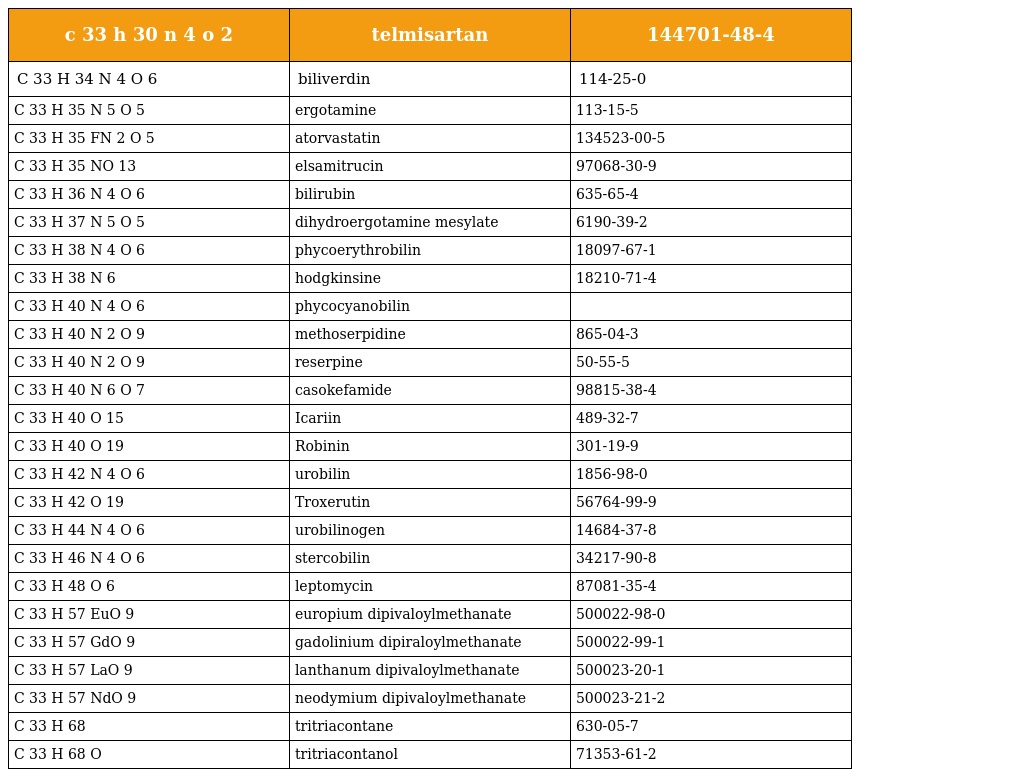
| c 33 h 30 n 4 o 2 | telmisartan | 144701-48-4 |
 | --- | --- | --- |
 | C 33 H 34 N 4 O 6 | biliverdin | 114-25-0 |
 | C 33 H 35 N 5 O 5 | ergotamine | 113-15-5 |
 | C 33 H 35 FN 2 O 5 | atorvastatin | 134523-00-5 |
 | C 33 H 35 NO 13 | elsamitrucin | 97068-30-9 |
 | C 33 H 36 N 4 O 6 | bilirubin | 635-65-4 |
 | C 33 H 37 N 5 O 5 | dihydroergotamine mesylate | 6190-39-2 |
 | C 33 H 38 N 4 O 6 | phycoerythrobilin | 18097-67-1 |
 | C 33 H 38 N 6 | hodgkinsine | 18210-71-4 |
 | C 33 H 40 N 4 O 6 | phycocyanobilin |  |
 | C 33 H 40 N 2 O 9 | methoserpidine | 865-04-3 |
 | C 33 H 40 N 2 O 9 | reserpine | 50-55-5 |
 | C 33 H 40 N 6 O 7 | casokefamide | 98815-38-4 |
 | C 33 H 40 O 15 | Icariin | 489-32-7 |
 | C 33 H 40 O 19 | Robinin | 301-19-9 |
 | C 33 H 42 N 4 O 6 | urobilin | 1856-98-0 |
 | C 33 H 42 O 19 | Troxerutin | 56764-99-9 |
 | C 33 H 44 N 4 O 6 | urobilinogen | 14684-37-8 |
 | C 33 H 46 N 4 O 6 | stercobilin | 34217-90-8 |
 | C 33 H 48 O 6 | leptomycin | 87081-35-4 |
 | C 33 H 57 EuO 9 | europium dipivaloylmethanate | 500022-98-0 |
 | C 33 H 57 GdO 9 | gadolinium dipiraloylmethanate | 500022-99-1 |
 | C 33 H 57 LaO 9 | lanthanum dipivaloylmethanate | 500023-20-1 |
 | C 33 H 57 NdO 9 | neodymium dipivaloylmethanate | 500023-21-2 |
 | C 33 H 68 | tritriacontane | 630-05-7 |
 | C 33 H 68 O | tritriacontanol | 71353-61-2 |